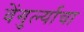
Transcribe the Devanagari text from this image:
वेंगुर्ल्याचा